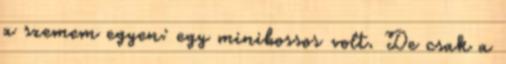
a szemem egyen: egy minibossos volt. De csak a